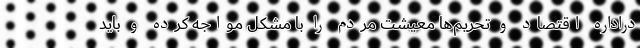
دراداره اقتصاد و تحریم‌ها معیشت مردم را با مشکل مواجه کرده و باید